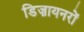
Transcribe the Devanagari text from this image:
डिज़ायनरों